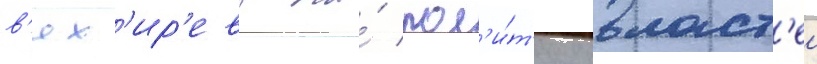
в'ях'ир'ева на́ пол'и́т'ику власт'еи